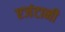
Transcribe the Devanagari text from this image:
एजंटानी